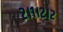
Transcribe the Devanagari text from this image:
२।१।२।२